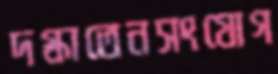
দগ্ধাতেনসংযোগ